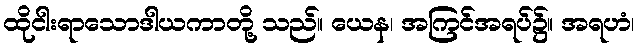
ထိုငါးရာသောဒါယကာတို့ သည်။ ယေန၊ အကြင်အရပ်၌။ အရဟံ၊